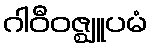
ဂါဝီဝဇ္ဈူပမံ